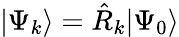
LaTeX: |\Psi_{k}\rangle=\hat{R}_{k}|\Psi_{0}\rangle